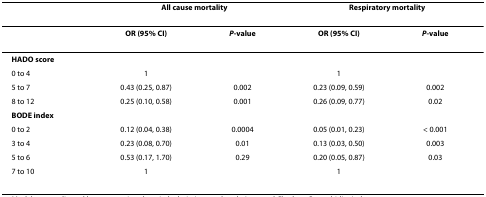
<table><thead><tr><td></td><td colspan="2"><b>All cause mortality</b></td><td colspan="2"><b>Respiratory mortality</b></td></tr></thead><tbody><tr><td></td><td><b>OR (95% CI)</b></td><td><b><i>P</i>-value</b></td><td><b>OR (95% CI)</b></td><td><b><i>P</i>-value</b></td></tr><tr><td><b>HADO score</b></td><td></td><td></td><td></td><td></td></tr><tr><td>0 to 4</td><td>1</td><td></td><td>1</td><td></td></tr><tr><td>5 to 7</td><td>0.43 (0.25, 0.87)</td><td>0.002</td><td>0.23 (0.09, 0.59)</td><td>0.002</td></tr><tr><td>8 to 12</td><td>0.25 (0.10, 0.58)</td><td>0.001</td><td>0.26 (0.09, 0.77)</td><td>0.02</td></tr><tr><td><b>BODE index</b></td><td></td><td></td><td></td><td></td></tr><tr><td>0 to 2</td><td>0.12 (0.04, 0.38)</td><td>0.0004</td><td>0.05 (0.01, 0.23)</td><td>&lt; 0.001</td></tr><tr><td>3 to 4</td><td>0.23 (0.08, 0.70)</td><td>0.01</td><td>0.13 (0.03, 0.50)</td><td>0.003</td></tr><tr><td>5 to 6</td><td>0.53 (0.17, 1.70)</td><td>0.29</td><td>0.20 (0.05, 0.87)</td><td>0.03</td></tr><tr><td>7 to 10</td><td>1</td><td></td><td>1</td><td></td></tr></tbody></table>